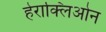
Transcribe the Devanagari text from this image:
हेराक्लिओन